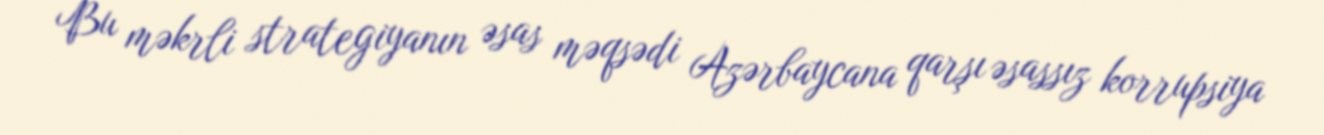
Bu məkrli strategiyanın əsas məqsədi Azərbaycana qarşı əsassız korrupsiya